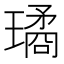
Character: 璚